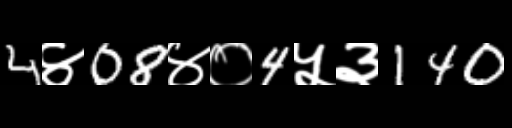
Text: 4४08४०4५३140